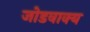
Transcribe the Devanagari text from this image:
जोडवाक्य